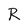
Character: R